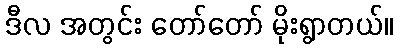
ဒီလ အတွင်း တော်တော် မိုးရွာတယ်။